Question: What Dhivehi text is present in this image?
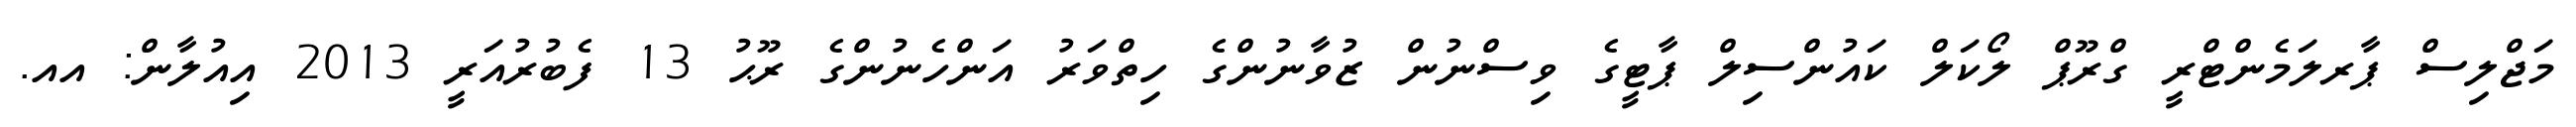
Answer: މަޖްލިސް ޕާރލަމެންޓްރީ ގްރޫޕް ލޯކަލް ކައުންސިލް ޕާޓީގެ ވިސްނުން ޒުވާނުންގެ ހިތްވަރު އަންހެނުންގެ ރޫޙު 13 ފެބުރުއަރީ 2013 އިއުލާން: އއ.